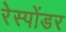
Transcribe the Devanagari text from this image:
रेस्पोंडर